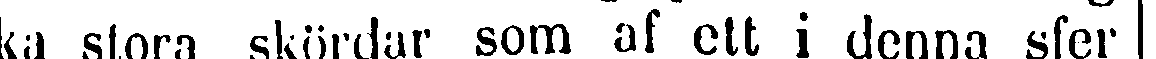
ka stora skördar som af ett i denna sfer